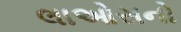
લાઓસનો